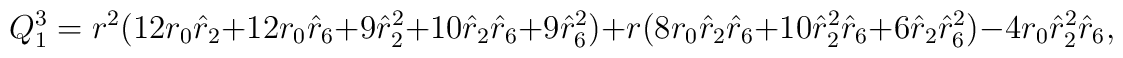
Q^3_1 = r^2(12 r_0 \hat{r}_2 + 12 r_0 \hat{r}_6 + 9 \hat{r}_2^2 + 10\hat{r}_2 \hat{r}_6 + 9 \hat{r}_6^2) + r ( 8 r_0 \hat{r}_2 \hat{r}_6 +10 \hat{r}_2^2 \hat{r}_6 + 6\hat{r}_2 \hat{r}_6^2) -4 r_0 \hat{r}_2^2\hat{r}_6,